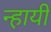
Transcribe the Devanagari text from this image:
न्हायी